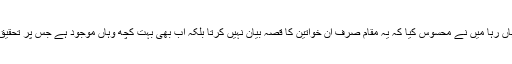
تاہم میں جتنی دیر بھی وہاں رہا میں نے محسوس کیا کہ یہ مقام صرف ان خواتین کا قصہ بیان نہیں کرتا بلکہ اب بھی بہت کچھ وہاں موجود ہے جس پر تحقیق کرنا بہت ضروری ہے۔